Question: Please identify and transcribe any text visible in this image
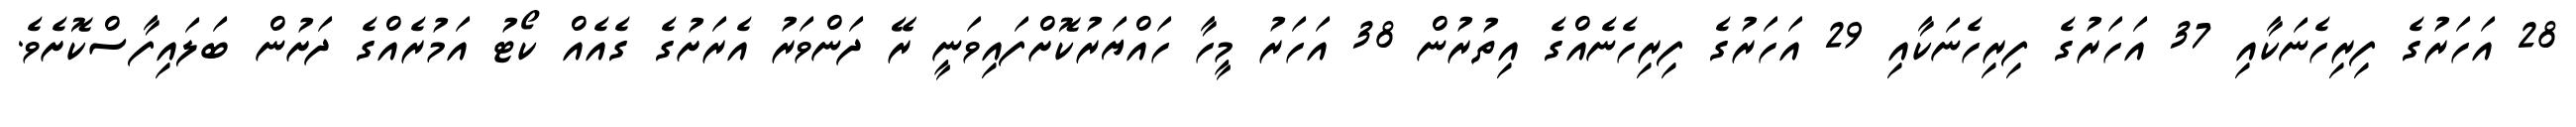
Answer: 28 އަހަރުގެ ފިރިހެނަކާއި 37 އަހަރުގެ ފިރިހެނަކާއި 29 އަހަރުގެ ފިރިހެނެއްގެ އިތުރުން 38 އަހަރު މީހާ ހައްޔަރުކޮށްފައިވަނީ ރޭ ދަންވަރު އެރަށުގެ ގެއެއް ކޯޓު އަމުރެއްގެ ދަށުން ބަލައިފާސްކޮށެވެ.